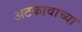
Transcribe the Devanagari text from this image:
अटकावाच्या